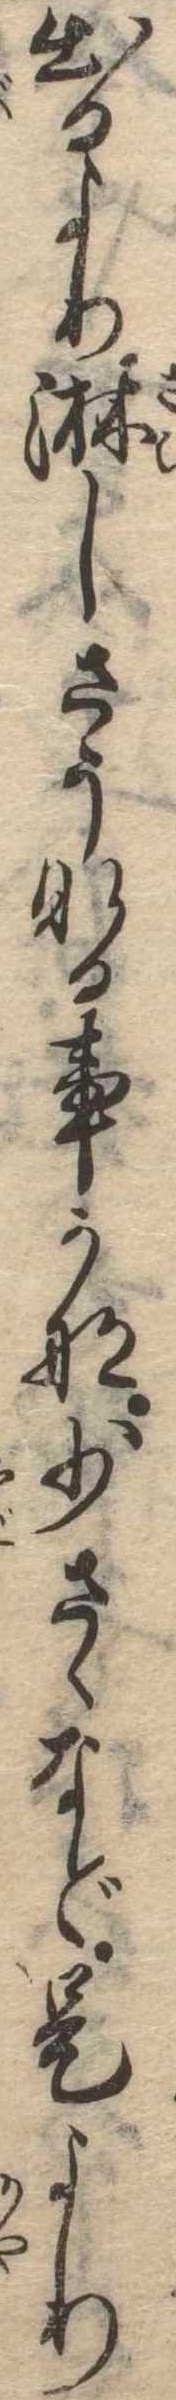
出るより淋しさうなる事かな少さゝなど是より